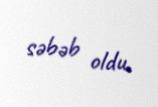
səbəb oldu.